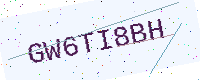
Text: GW6TI8BH